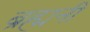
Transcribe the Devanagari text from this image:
ब्रह्मनी